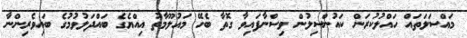
މައްސަލަތައް ހައްލުކުރަން ކައުންސިލުން ވިސްނާފައިވާ ގޮތާ ބެހޭ މައުލޫމާތު އިއްޔެގެ ބައްދަލުވުމުގެ ބައިވެރިންނާ